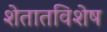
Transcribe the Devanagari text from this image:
शेतातविशेष